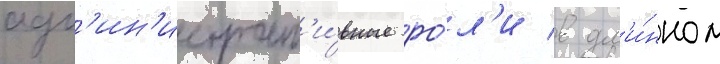
адм'ин'истрат'и́вные ро́л'и в дл'и́нном